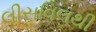
લીસવિલથી